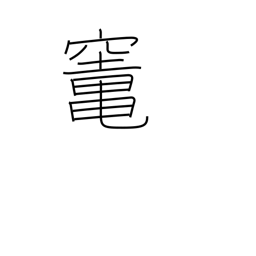
Meaning: oven